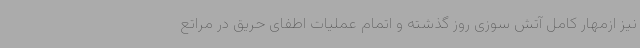
نیز ازمهار کامل آتش سوزی روز گذشته و اتمام عملیات اطفای حریق در مراتع